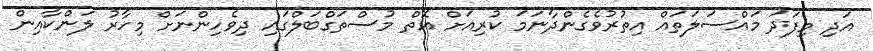
އަދި މިފަދަ މައްސަލަތައް އިތުުރުވެގެންދާނަމަ ކުރިއަށް އޮތް މުސްތަގްބަލްގައި ދިވެހިންނަށް މިހާރު ލަންކާއިން